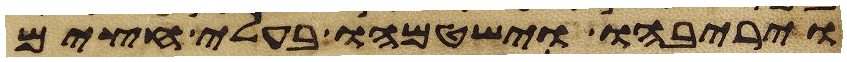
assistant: ויריבהו וישטמהו בעלי חצים